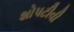
શોપટીવી